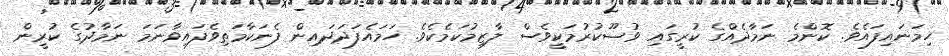
ހިމަނައިފައެވެ. ކޮންމެ ނަމާދެއްގެ ކުރީގައި ވުޟޫކުރުމަކީވެސް ލާޒިމުކަމެކެވެ. ހަމައެފަދަދައިން ފެނަކާމަތިވެފައިވާނަމަ ނަމާދުގެ ކުރީން